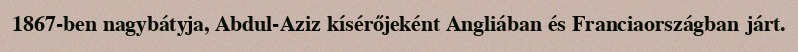
1867-ben nagybátyja, Abdul-Aziz kísérőjeként Angliában és Franciaországban járt.